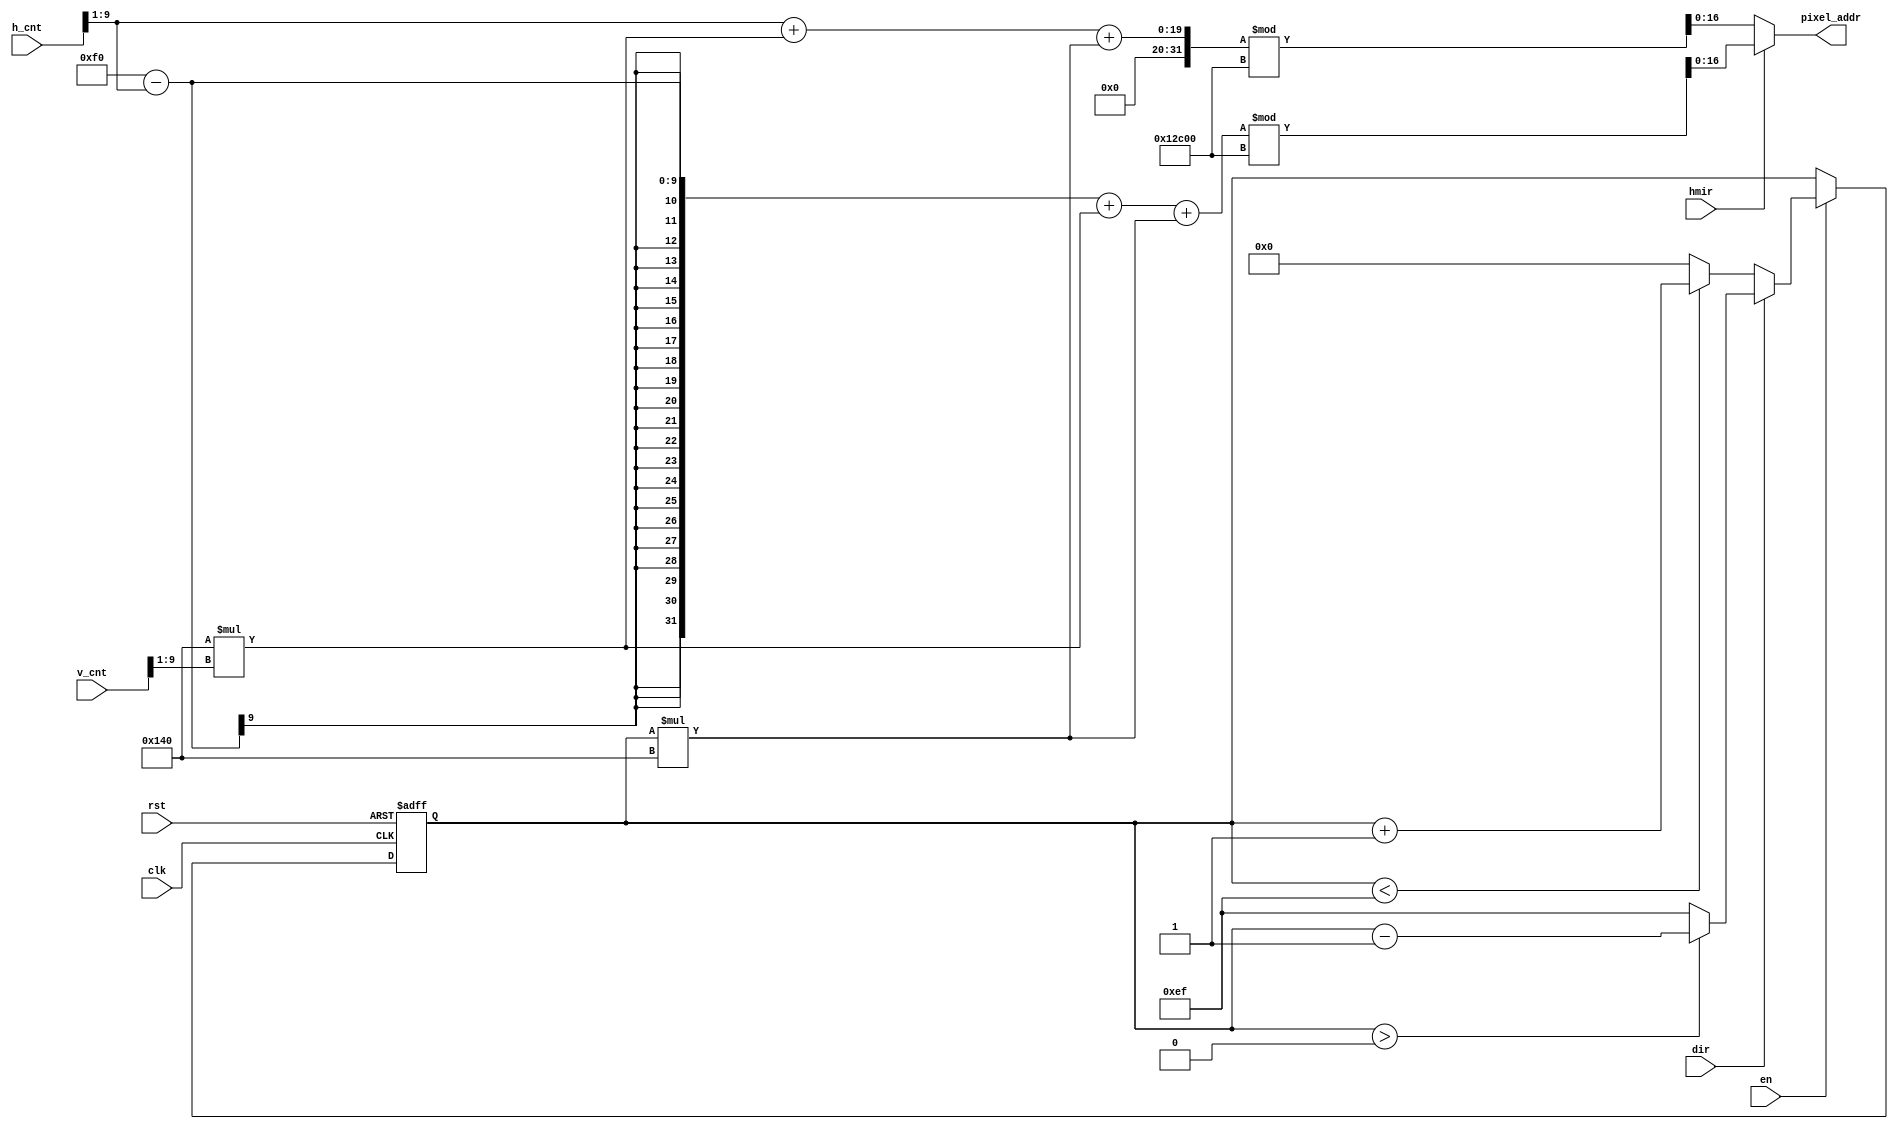
module mem_addr_gen(
    input clk,
    input rst,
    input en,
    input dir,
    input hmir,
    input [9:0] h_cnt,
    input [9:0] v_cnt,
    output [16:0] pixel_addr
);
    
    reg [7:0] position, next_position;
    reg [16:0] addr;
    
    assign pixel_addr = addr;

    always @ (posedge clk or posedge rst) begin
        if(rst) position <= 0;
        else position <= next_position;
    end

    always@(*)begin
        if(en)begin
            if(dir)begin
                if(position > 0) next_position = position - 1;
                else next_position = 239;
            end else begin
                if(position < 239) next_position = position + 1;
                else next_position = 0;
            end
        end else begin
            next_position = position;
        end
    end

    always@(*)begin
        if(hmir) begin
            addr = ((240-(h_cnt>>1))+320*(v_cnt>>1)+ position*320 )% 76800;
        end else begin
            addr = ((h_cnt>>1)+320*(v_cnt>>1)+ position*320 )% 76800; //640*480 --> 320*240
        end
    end
    
endmodule